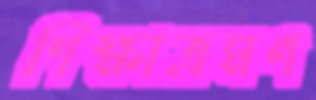
শিক্ষাভ্রমণ